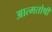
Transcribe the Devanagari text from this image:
आत्मतोषीं